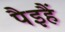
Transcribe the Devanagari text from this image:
पैइहैं